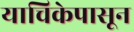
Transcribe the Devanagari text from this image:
याचिकेपासून